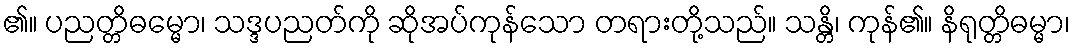
၏။ ပညတ္တိဓမ္မော၊ သဒ္ဒပညတ်ကို ဆိုအပ်ကုန်သော တရားတို့သည်။ သန္တိ၊ ကုန်၏။ နိရုတ္တိဓမ္မာ၊